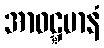
အာဝဋ္ဋမာနံ